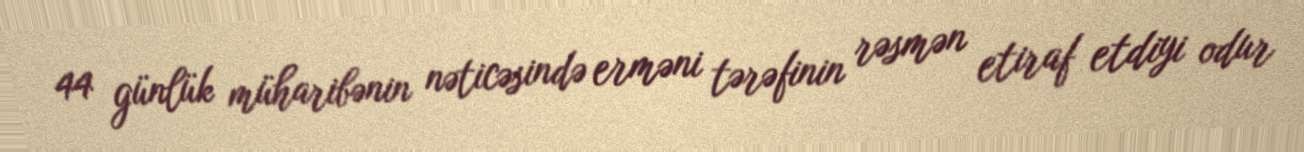
44 günlük müharibənin nəticəsində erməni tərəfinin rəsmən etiraf etdiyi odur